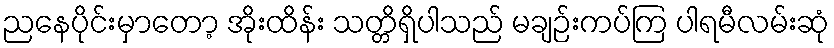
ညနေပိုင်းမှာတော့ အိုးထိန်း သတ္တိရှိပါသည် မချဉ်းကပ်ကြ ပါရမီလမ်းဆုံ